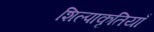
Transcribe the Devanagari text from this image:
शिल्पाकृतियाँ